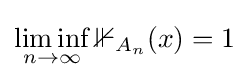
\liminf _{n\to \infty }\mathbb {1} _{A_{n}}(x)=1